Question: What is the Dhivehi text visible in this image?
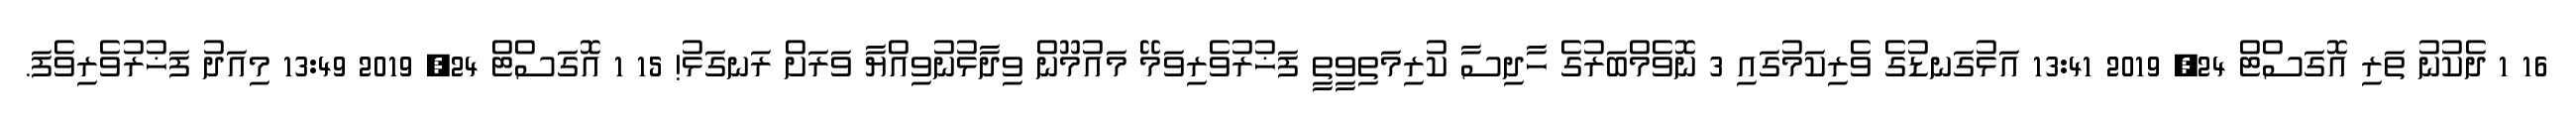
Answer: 16 1 ދެކުނު ތަރި އޮގަސްޓް 24, 2019 13:41 އަޅުގަނޑުގެ ވެރިކަމުގައި 3 ނޮވެމްބަރުގެ ހާދިސާ ކުރިމަތިވީތީ ފަޚުރުވެރިވަމޭ މައުމޫން ވިދާޅުނުވިއްޔާ ވަރަށް ރަނގަޅު! 15 1 އޮގަސްޓް 24, 2019 13:49 މިއަދު ފަޚުރުވެރިވެފަ.